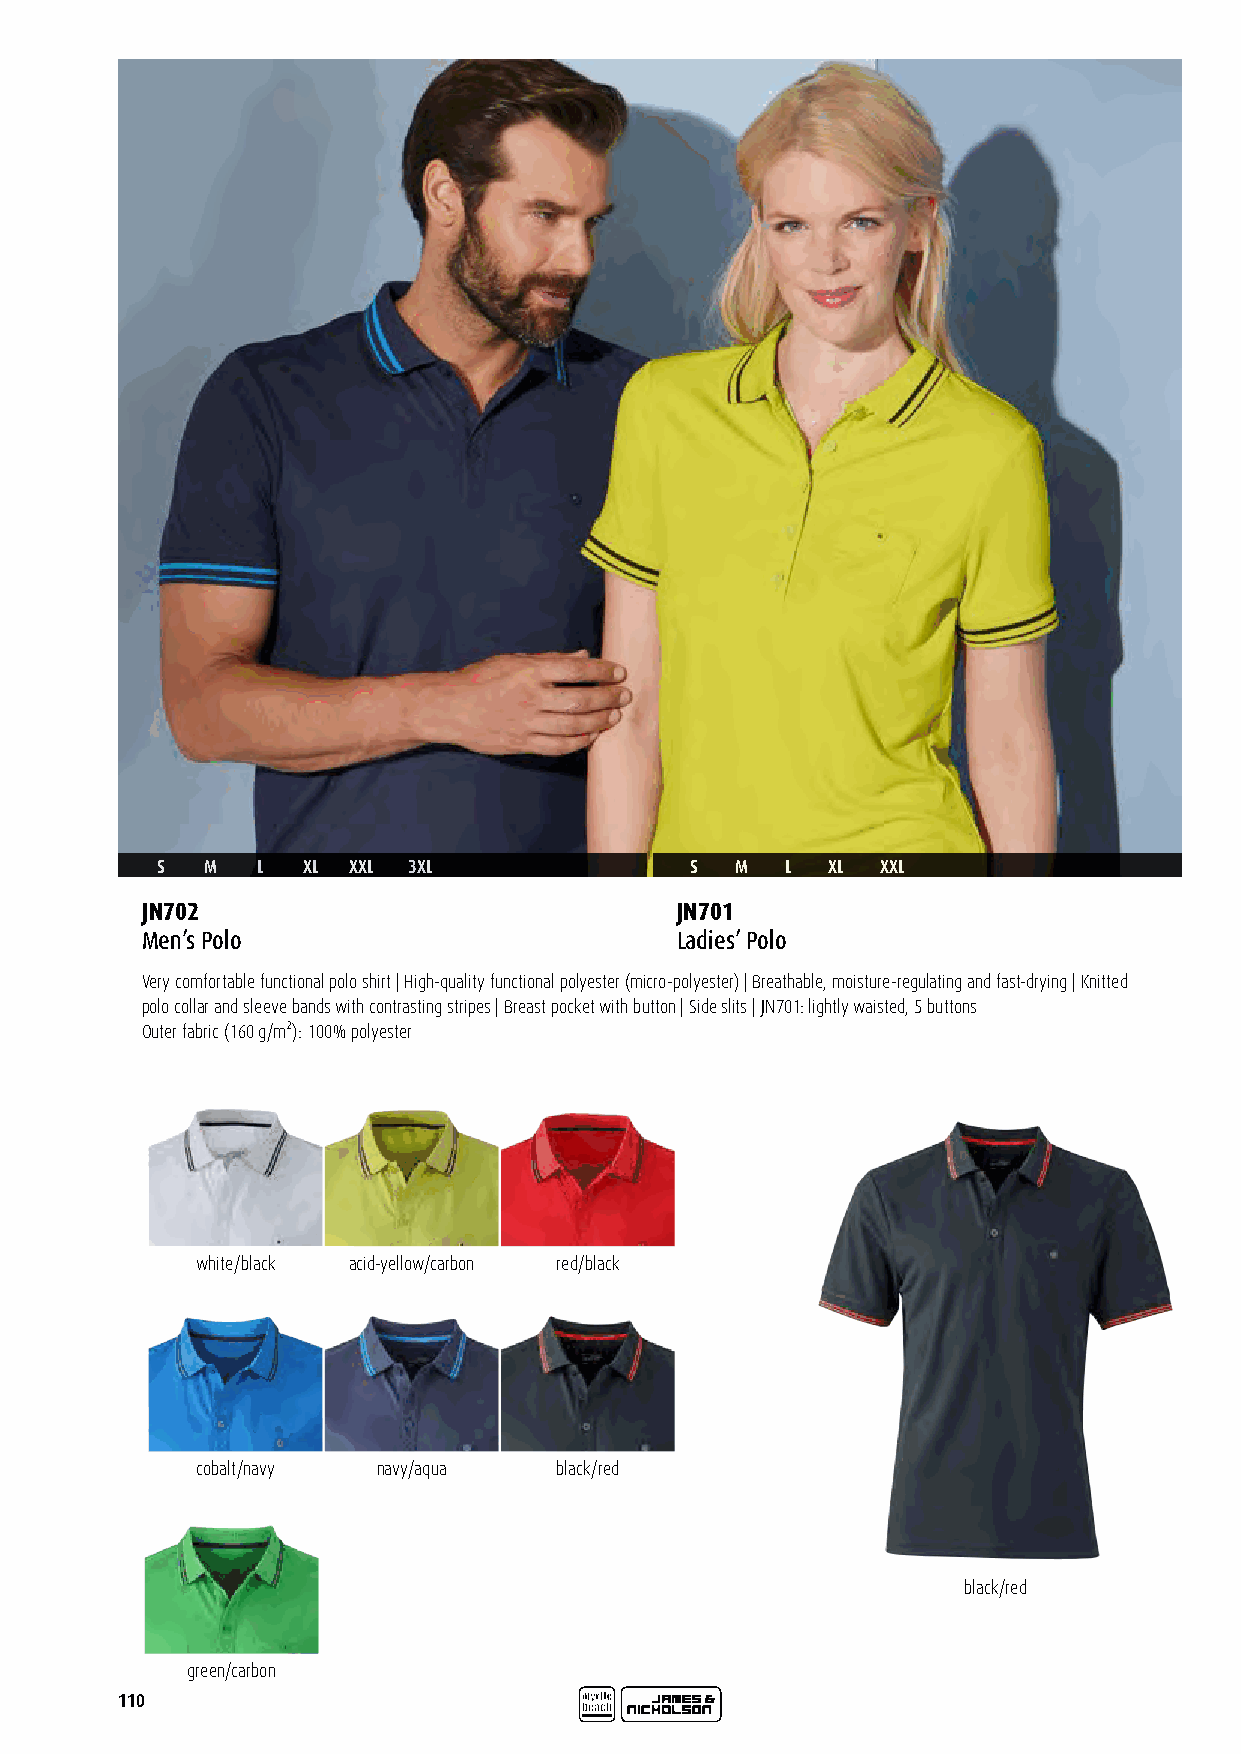
S   M  L  XL XXL 3XL                S  M  L  XL XXL
 JN702                               JN701
 Men’s Polo                          Ladies’ Polo
 Very comfortable functional polo shirt | High-quality functional polyester (micro-polyester) | Breathable, moisture-regulating and fast-drying | Knitted
 polo collar and sleeve bands with contrasting stripes | Breast pocket with button | Side slits | JN701: lightly waisted, 5 buttons
 Outer fabric (160 g/m²): 100% polyester
 white/black acid-yellow/carbon red/black
 cobalt/navy navy/aqua   black/red
 black/red
 green/carbon
 110